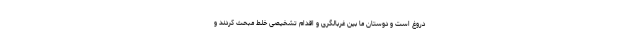
دروغ است و دوستان ما بین غربالگری و اقدام تشخیصی خلط مبحث کردند و